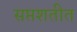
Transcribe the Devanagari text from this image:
सप्तशतीत